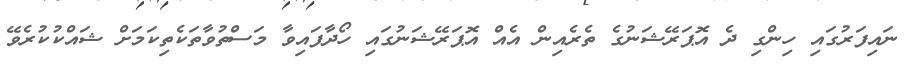
ނައިފަރުގައި ހިންގި ދެ އޮޕަރޭޝަނުގެ ތެރެއިން އެއް އޮޕަރޭޝަނުގައި ހޯދާފައިވާ މަސްތުވާތަކެތިކަމަށް ޝައްކުކުރެވޭ